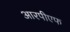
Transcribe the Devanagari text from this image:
आरपीएफ